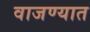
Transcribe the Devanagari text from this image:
वाजण्यात